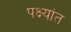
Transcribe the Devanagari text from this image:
पक्ष्यांत